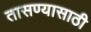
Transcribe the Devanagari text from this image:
तासण्यासाठी